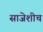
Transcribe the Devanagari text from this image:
साजेशीच